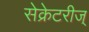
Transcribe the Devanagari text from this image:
सेक्रेटरीज्